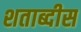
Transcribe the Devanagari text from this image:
शताब्दीस